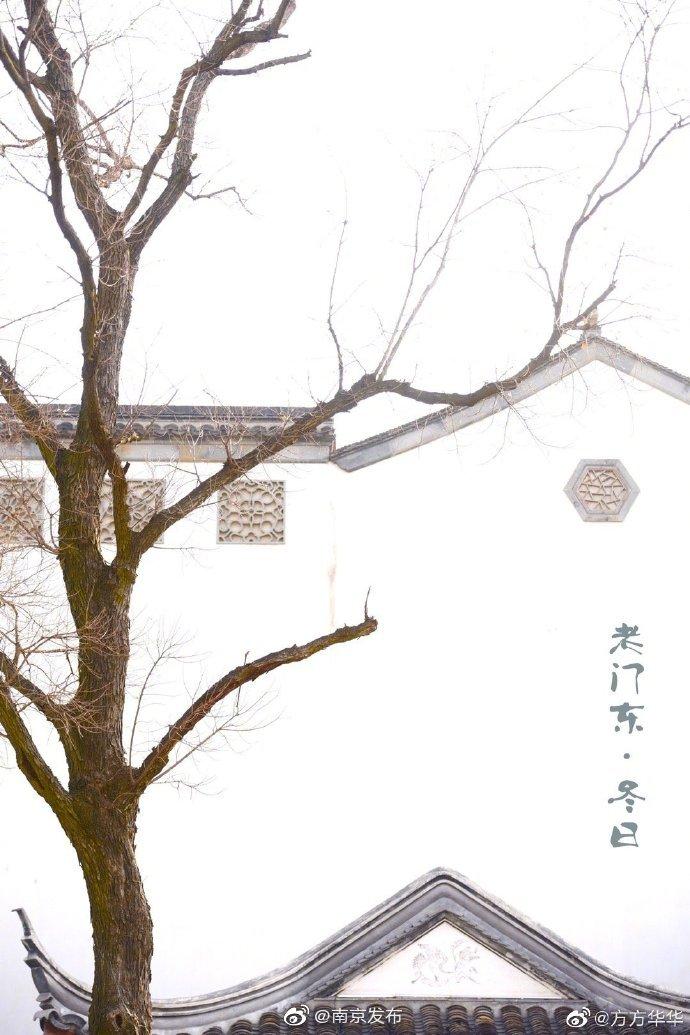
水墨画疏窗，孤影淡潇湘。